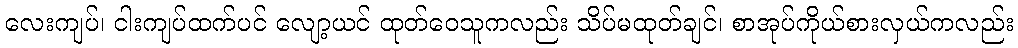
လေးကျပ်၊ ငါးကျပ်ထက်ပင် လျော့ယင် ထုတ်ဝေသူကလည်း သိပ်မထုတ်ချင်၊ စာအုပ်ကိုယ်စားလှယ်ကလည်း